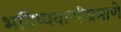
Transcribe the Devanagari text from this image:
भविष्यवाणीप्रमाणे